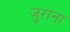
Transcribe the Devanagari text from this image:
जुराना